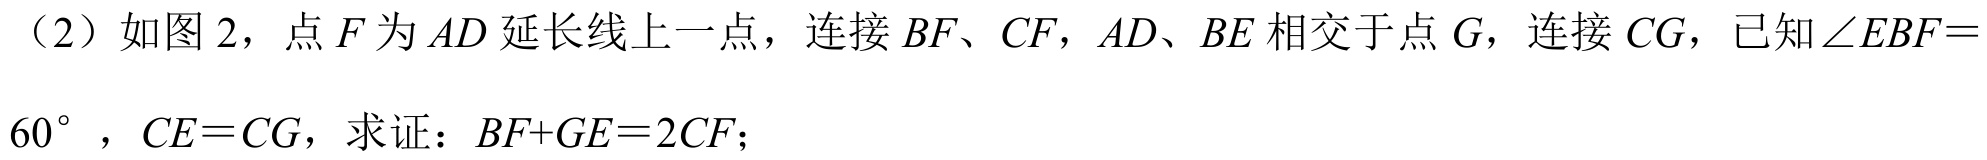
（2）如图 2，点 \(F\) 为 \(AD\) 延长线上一点，连接 \(BF\)、\(CF\)，\(AD\)、\(BE\) 相交于点 \(G\)，连接 \(CG\)，已知\(\angle EBF = 60^{\circ}\)，\(CE = CG\)，求证：\(BF + GE=2CF\)；